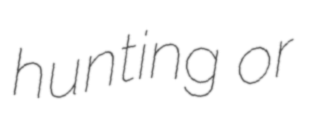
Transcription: hunting or